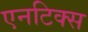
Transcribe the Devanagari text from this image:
एनटिक्स